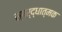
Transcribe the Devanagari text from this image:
स्पर्द्धात्मक